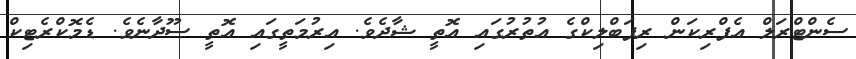
ސެންޓްރަލް އެފްރިކަން ރިޕަބްލިކްގެ އުތުރުގައި އޮތީ ޝާދެވެ. އިރުމަތީގައި އޮތީ ސޫދާނެވެ. ޑެމޮކްރެޓިކް